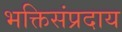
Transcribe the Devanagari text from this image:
भक्तिसंप्रदाय